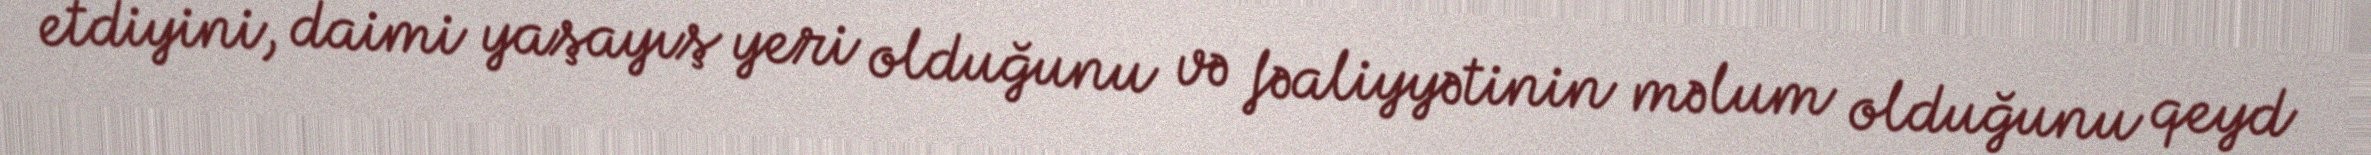
etdiyini, daimi yaşayış yeri olduğunu və fəaliyyətinin məlum olduğunu qeyd